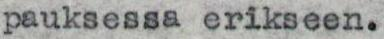
pauksessa erikseen.